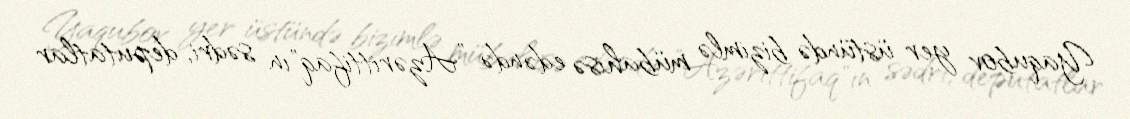
Yaqubov yer üstündə bizimlə mübahisə edəndə ”Azərittifaq"ın sədri, deputatlar